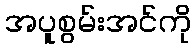
အပူစွမ်းအင်ကို